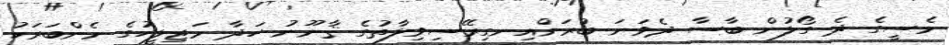
މެސީގެ ދެ ގޯލުން ބާސާ ދެވަނަ ބުރަށްއިނގިރޭސިވިލާތުގެ ޤާނޫނު ހަދާ މަޖިލީހުގެ މެންބަރަކު